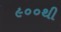
૯૦૦થી